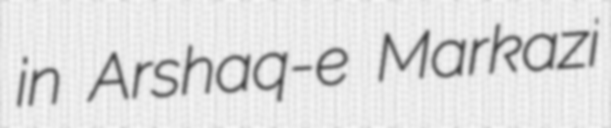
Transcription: in Arshaq-e Markazi